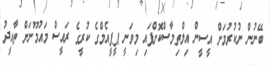
ބޭނުން ނުކުރުމަށް އީސީން އިލްތިމާސްކޮށްފައި މިވަނީ ޕީޕީއެމްގެ ކުރީގެ ރައީސް މައުމޫނަށް ތާއީދު